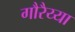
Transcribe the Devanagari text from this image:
गौरैय्या